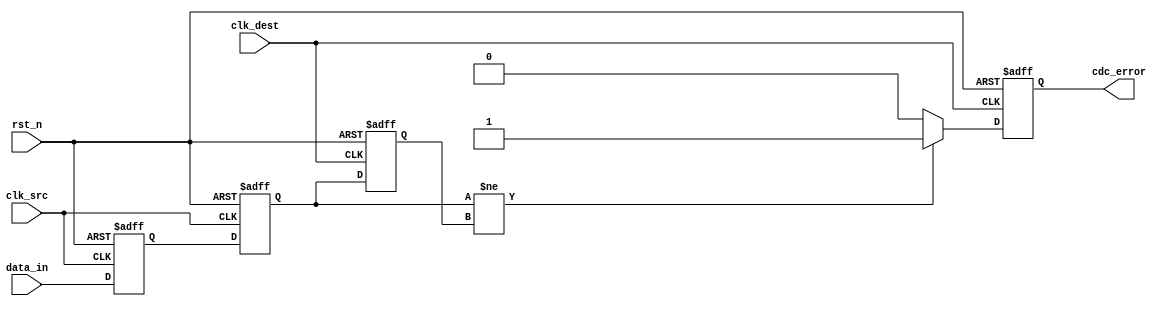
module cdc_detector #(
    parameter DATA_WIDTH = 1,       // Width of the data_in signal
    parameter ENABLE_ERROR_DETECTION = 1 // Enable/Disable error detection
)(
    input wire [DATA_WIDTH-1:0] data_in,    // Input signal to monitor
    input wire clk_src,                      // Source clock
    input wire clk_dest,                     // Destination clock
    input wire rst_n,                        // Asynchronous reset (active low)
    output reg cdc_error                     // CDC error flag
);

    // Synchronizer registers
    reg [DATA_WIDTH-1:0] sync_ff1;
    reg [DATA_WIDTH-1:0] sync_ff2;

    // Edge detection registers
    reg [DATA_WIDTH-1:0] data_prev;

    // Dual flip-flop synchronizer
    always @(posedge clk_src or negedge rst_n) begin
        if (!rst_n) begin
            sync_ff1 <= {DATA_WIDTH{1'b0}};
        end else begin
            sync_ff1 <= data_in;
        end
    end

    always @(posedge clk_src or negedge rst_n) begin
        if (!rst_n) begin
            sync_ff2 <= {DATA_WIDTH{1'b0}};
        end else begin
            sync_ff2 <= sync_ff1;
        end
    end

    // Error detection logic
    always @(posedge clk_dest or negedge rst_n) begin
        if (!rst_n) begin
            cdc_error <= 1'b0;
            data_prev <= {DATA_WIDTH{1'b0}};
        end else begin
            // Check for edge detection
            if (ENABLE_ERROR_DETECTION) begin
                if (sync_ff2 != data_prev) begin
                    cdc_error <= 1'b1; // CDC violation detected
                end else begin
                    cdc_error <= 1'b0; // No violation
                end
            end
            // Update previous data
            data_prev <= sync_ff2;
        end
    end

endmodule